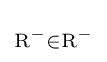
\scriptstyle {\mathrm {R} ^{-}\in \mathrm {R} ^{-}}